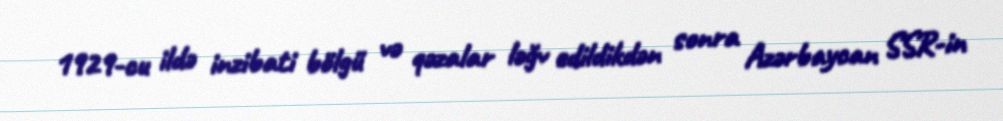
1929-cu ildə inzibati bölgü və qəzalar ləğv edildikdən sonra Azərbaycan SSR-in